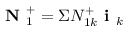
\textbf { N } _ { 1 } ^ { + } = \Sigma N _ { 1 k } ^ { + } \textbf { i } _ { k }